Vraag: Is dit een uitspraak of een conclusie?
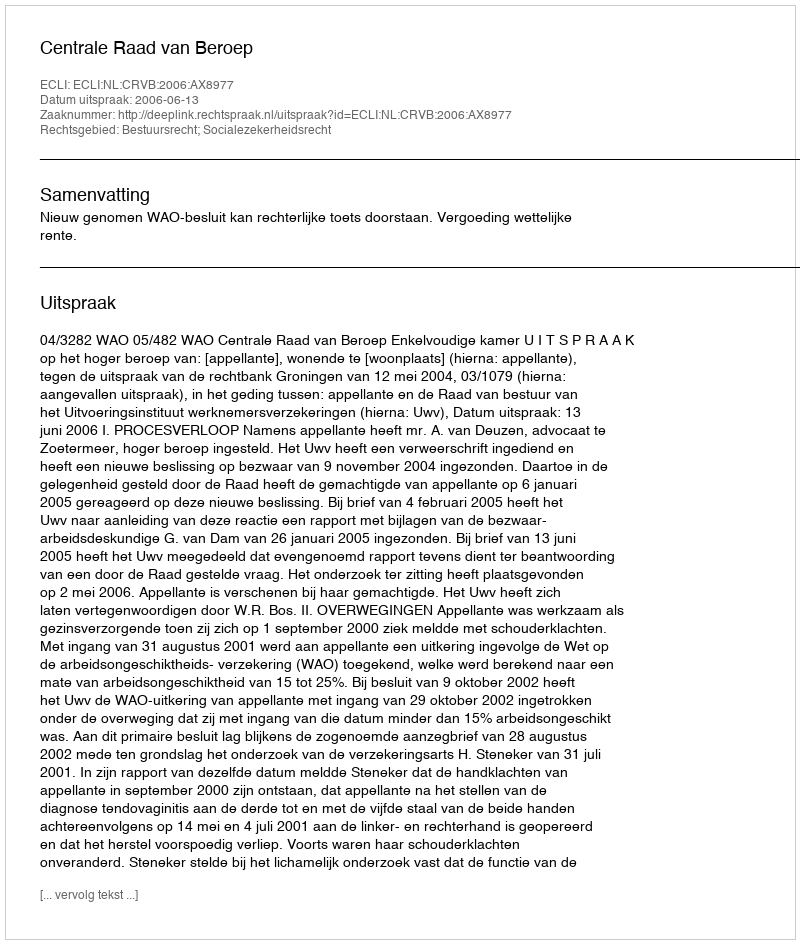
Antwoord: Uitspraak